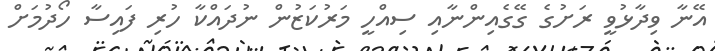
އޭނާ ވިދާޅުވީ ރަށުގެ ގޭގެއިންނާއި ސިއްހީ މަރުކަޒުން ނުދައްކާ ހުރި ފައިސާ ހޯދުމަށް